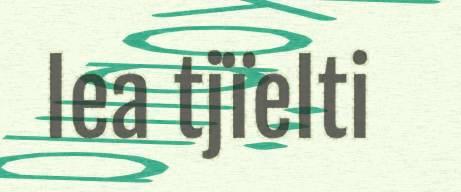
lea tjïelti